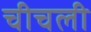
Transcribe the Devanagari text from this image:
चीचली